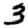
Digit: 3